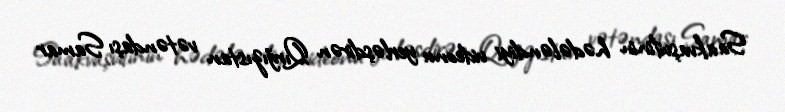
Saakvaşvilinin hədələndiyi videonu yerləşdirən Qırğızıstan vətəndaşı Samar